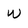
Character: w